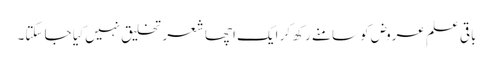
باقی علمِ عروض کو سامنے رکھ کر ایک اچھا شعر تخلیق نہیں کِیا جا سکتا۔